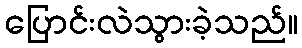
ပြောင်းလဲသွားခဲ့သည်။